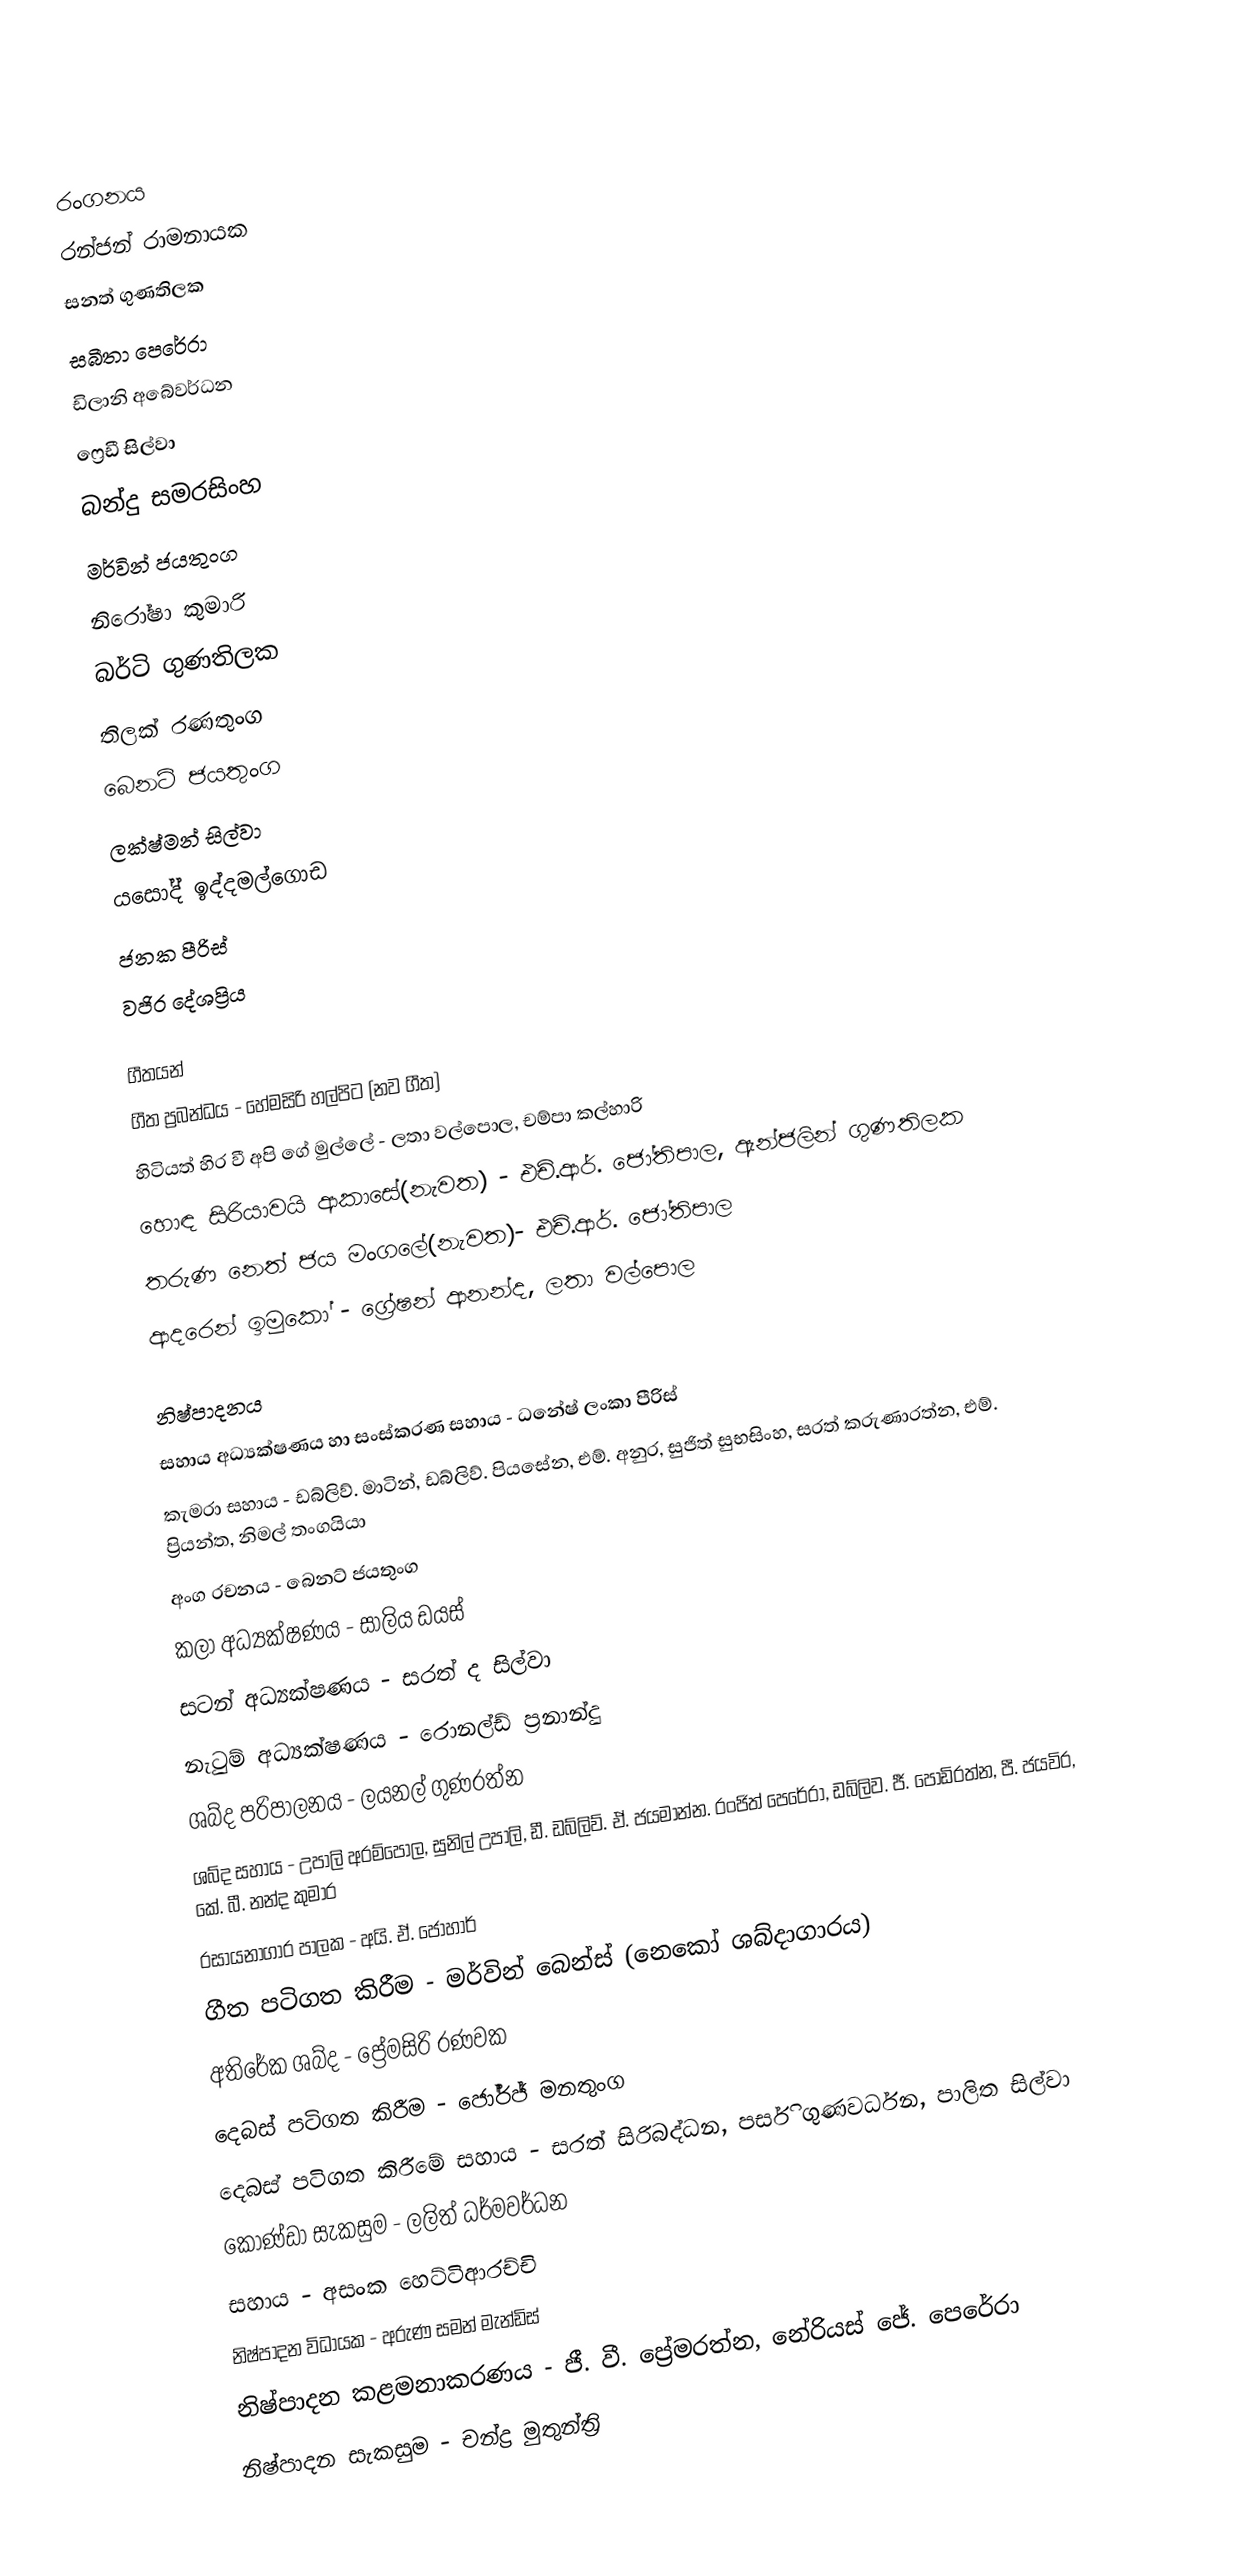

රංගනය
රන්ජන් රාමනායක
සනත් ගුණතිලක
සබීතා පෙරේරා
ඩිලානි අබේවර්ධන
ෆ්‍රෙඩී සිල්වා
බන්දු සමරසිංහ
මර්වින් ජයතුංග
නිරෝෂා කුමාරි
බර්ටි ගුණතිලක
තිලක් රණතුංග
බෙනට් ජයතුංග
ලක්ෂ්මන් සිල්වා
යසෝද් ඉද්දමල්ගොඩ
ජනක පීරිස්
වජිර දේශප්‍රිය

ගීතයන්
ගීත ප්‍රබන්ධය - හේමසිරි හල්පිට (නව ගීත)
හිටියත් හිර වී අපි ගේ මුල්ලේ - ලතා වල්පොල, චම්පා කල්හාරි
හොඳ සිරියාවයි ආකාසේ(නැවත) - එච්.ආර්. ජෝතිපාල, ඇන්ජලින් ගුණතිලක
තරුණ නෙත් ජය මංගලේ(නැවත)- එච්.ආර්. ජෝතිපාල
ආදරෙන් ඉමුකෝ - ග්‍රේෂන් ආනන්ද, ලතා වල්පොල

නිෂ්පාදනය
සහාය අධ්‍යක්ෂණය හා සංස්කරණ සහාය - ධනේෂ් ලංකා පීරිස්
කැමරා සහාය - ඩබ්ලිව්. මාටින්, ඩබ්ලිව්. පියසේන, එම්. අනුර, සුජිත් සුභසිංහ, සරත් කරුණාරත්න, එම්. ප්‍රියන්ත, නිමල් තංගයියා
අංග රචනය - බෙනට් ජයතුංග
කලා අධ්‍යක්ෂණය - සාලිය ඩයස්
සටන් අධ්‍යක්ෂණය - සරත් ද සිල්වා
නැටුම් අධ්‍යක්ෂණය - රොනල්ඩ් ප්‍රනාන්දු
ශබ්ද පරිපාලනය - ලයනල් ගුණරත්න
ශබ්ද සහාය - උපාලි අරම්පොල, සුනිල් උපාලි, ඩී. ඩබ්ලිව්. ඒ. ජයමාන්න. රංජිත් පෙරේරා, ඩබ්ලිව. ජී. පොඩිරත්න, පී. ජයවිර, කේ. බී. නන්ද කුමාර
රසායනාගාර පාලක - අයි. ඒ. ජොහාර්
ගීත පටිගත කිරීම - මර්වින් බෙන්ස් (නෙකෝ ශබ්දාගාරය)
අතිරේක ශබ්ද - ප්‍රේමසිරි රණවක
දෙබස් පටිගත කිරීම - ජෝර්ජ් මනතුංග
දෙබස් පටිගත කිරීමේ සහාය - සරත් සිරිබද්ධන, පර්සි ගුණවර්ධන, පාලිත සිල්වා
කොණ්ඩා සැකසුම - ලලිත් ධර්මවර්ධන
සහාය - අසංක හෙට්ටිආරච්චි
නිෂ්පාදන විධායක - අරුණ සමන් මැන්ඩිස්
නිෂ්පාදන කළමනාකරණය - ජී. වී. ප්‍රේමරත්න, නේරියස් ජේ. පෙරේරා
නිෂ්පාදන සැකසුම - චන්ද්‍ර මුතුන්ත්‍රි